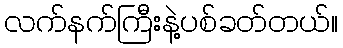
လက်နက်ကြီးနဲ့ပစ်ခတ်တယ်။